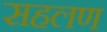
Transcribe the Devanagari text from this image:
सहलण